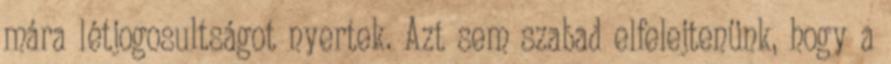
mára létjogosultságot nyertek. Azt sem szabad elfelejtenünk, hogy a